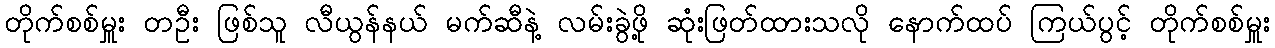
တိုက်စစ်မှူး တဦး ဖြစ်သူ လီယွန်နယ် မက်ဆီနဲ့ လမ်းခွဲဖို့ ဆုံးဖြတ်ထားသလို နောက်ထပ် ကြယ်ပွင့် တိုက်စစ်မှူး